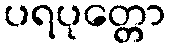
ပရပုတ္တော